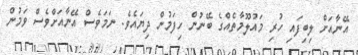
އޭނާއަށް ލިބިފައި ހުރި މައުލޫމާތެއްގެ ބޭނުން ހިފަމުން ދިޔައެވެ. ނަމަވެސް އޭނާއަށްވެސް ވަމުން